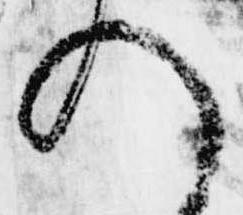
給